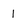
Character: 1